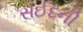
સઈદની